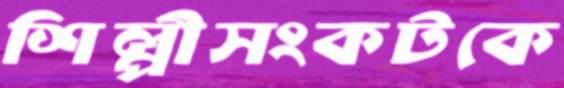
শিল্পীসংকটকে